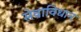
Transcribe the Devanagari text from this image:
सेवाविधान